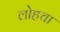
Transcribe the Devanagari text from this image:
लोहचा